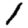
Digit: 1